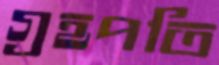
গ্রহপতি